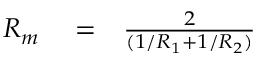
\begin{array} { r l r } { R _ { m } } & { { } = } & { \frac { 2 } { ( 1 / R _ { 1 } + 1 / R _ { 2 } ) } } \end{array}